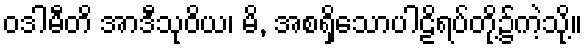
ဝဒါမီတိ အာဒီသုဝိယ၊ မိ, အစရှိသောပါဠိရပ်တို့၌ကဲ့သို့။